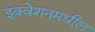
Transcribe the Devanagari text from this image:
इक्वेशनमधील